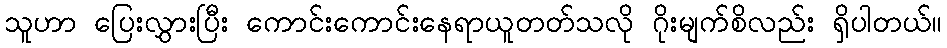
သူဟာ ပြေးလွှားပြီး ကောင်းကောင်းနေရာယူတတ်သလို ဂိုးမျက်စိလည်း ရှိပါတယ်။